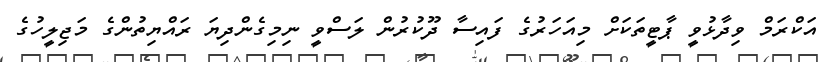
އަކްރަމް ވިދާޅުވީ ޕާޓީތަކަށް މިއަހަރުގެ ފައިސާ ދޫކުރުން ލަސްވީ ނިމިގެންދިޔަ ރައްޔިތުންގެ މަޖިލީހުގެ